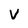
Character: V